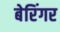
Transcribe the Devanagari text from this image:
बेरिंगर